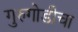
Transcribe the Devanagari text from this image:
गुरुगोडीचा